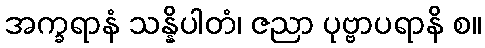
အက္ခရာနံ သန္နိပါတံ၊ ဇညာ ပုဗ္ဗာပရာနိ စ။